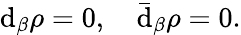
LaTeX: \mathrm{d}_{\beta}\rho=0,\quad\bar{{\mathrm{d}}}_{\beta}\rho=0.